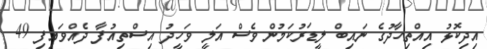
އިދިކޮޅު އިއްތިހާދުގެ ނައިބް ލީޑަރުކަމުން ވެސް އަލީ ވަހީދު އިސްތިއުފާ ދެއްވައިފި 49